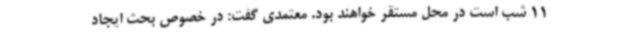
11 شب است در محل مستقر خواهند بود. معتمدی گفت: در خصوص بحث ایجاد